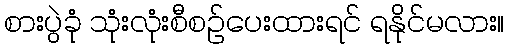
စားပွဲခုံ သုံးလုံးစီစဉ်ပေးထားရင် ရနိုင်မလား။